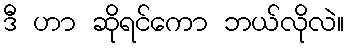
ဒီ ဟာ ဆိုရင်ကော ဘယ်လိုလဲ။